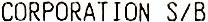
CORPORATION S/B